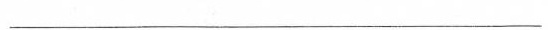
\underline